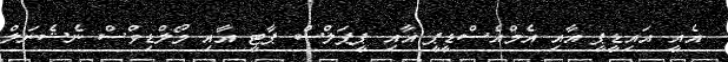
އެއީ އައިޑީޕީ އާއި އެމްއެސްޑީޕީ އާއި ޕީޕަލްސް ޕާޓީ އާއި މޯލްޑިވްސް ނެޝެނަލް